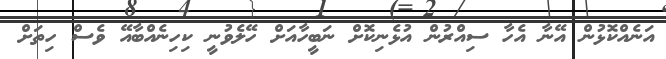
އަނެއްކޮޅުން އޭނާ އެހާ ސިއްރުން އުޅެނިކޮށް ނަބީހާއަށް ހޭލެވުނީ ކިހިނެއްބާއޭ ވެސް ހިތަށް